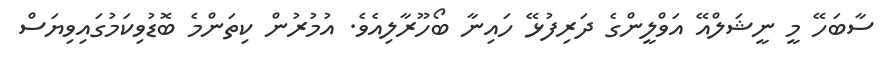
ސާބަހޭ މީ ނީޝަލްއޭ އަވްލީންގެ ދަރިފުޅޭ ހައިނާ ބޯހޫރާލިއެވެ. އުމުރުން ކިތަންމެ ބޮޑުވިކަމުގައިވިޔަސް